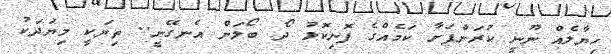
ހިޔާލެއް ނޫނީ ކުރަންފަށާ ކަމެއްގެ ފޮނިކޮޅު ދޯ ބޯލަން އެނގޭނީ.. ތިޔަކީ މިޔަދަކު